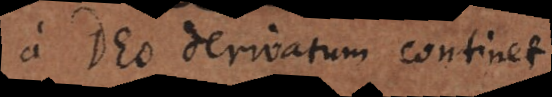
a Deo derivatum continet.